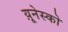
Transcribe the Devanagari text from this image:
य़ूनेस्को